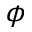
\phi